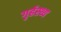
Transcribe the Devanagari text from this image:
गृर्हस्थ्य